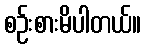
စဉ်းစားမိပါတယ်။